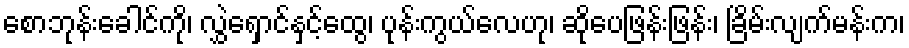
စောဘုန်းခေါင်ကို၊ လွှဲရှောင်နှင့်ထွေ၊ ပုန်းကွယ်လေဟု၊ ဆိုပေဖြန်းဖြန်း၊ ခြိမ်းလျက်မန်းက၊